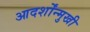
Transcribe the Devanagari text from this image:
आदर्शोंन्मुखी